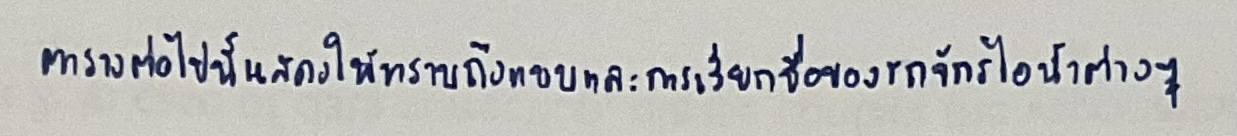
ตารางต่อไปนี้แสดงให้ทราบถึงแบบและการเรียกชื่อของรถจักรไอน้ำต่างๆ